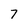
Character: 7